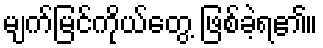
မျက်မြင်ကိုယ်တွေ့ ဖြစ်ခဲ့ရ၏။